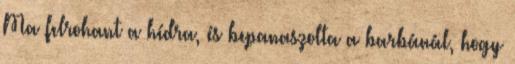
Ma felrohant a hídra, és bepanaszolta a barbánál, hogy